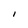
Character: I